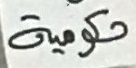
حكومية